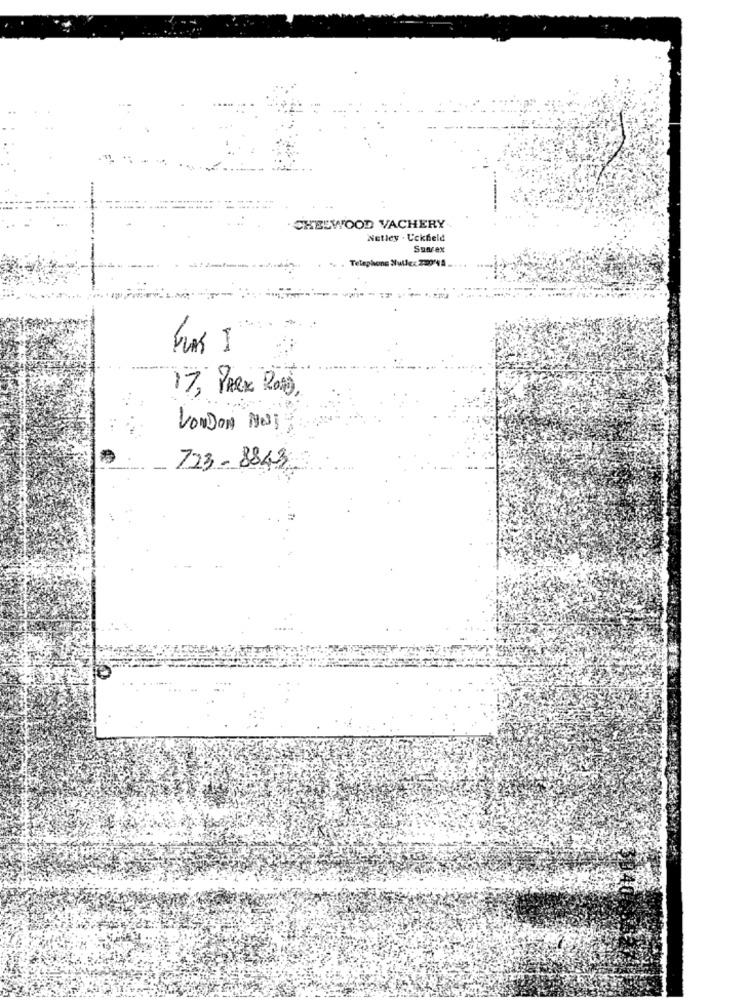
CHELWOOD VACHERY
Netley . Uckfeld
Surex
Telephone Sullex 220'NA
-1
17, Phex 2010)
VonDON MOST
723 -8843